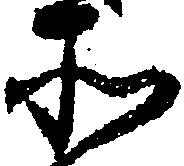
そ